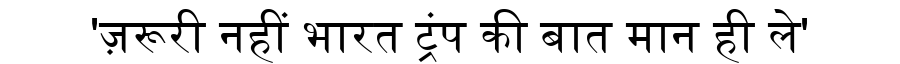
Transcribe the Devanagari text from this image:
'ज़रूरी नहीं भारत ट्रंप की बात मान ही ले'